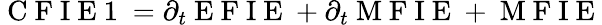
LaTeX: \mathrm{~C~F~I~E~1~}=\partial_{t}\mathrm{~E~F~I~E~}+\partial_{t}\mathrm{~M~F~I~E~}+\mathrm{~M~F~I~E~}